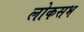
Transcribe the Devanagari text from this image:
लोकसभ